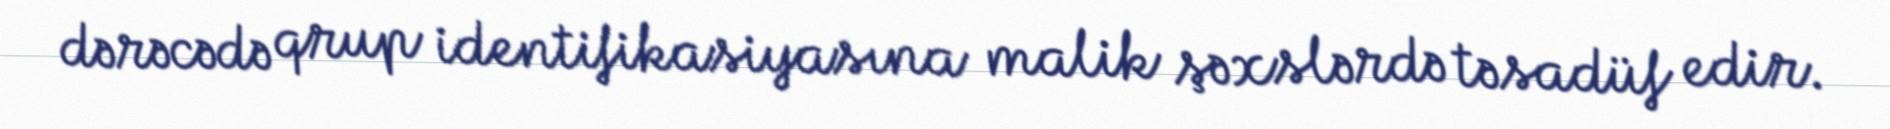
dərəcədə qrup identifikasiyasına malik şəxslərdə təsadüf edir.